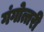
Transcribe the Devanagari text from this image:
गंगोत्तरी